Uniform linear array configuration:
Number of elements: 8
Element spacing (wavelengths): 0.25
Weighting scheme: binomial
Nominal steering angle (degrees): -15
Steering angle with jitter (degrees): -15.955
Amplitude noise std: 0.05
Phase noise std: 0.05

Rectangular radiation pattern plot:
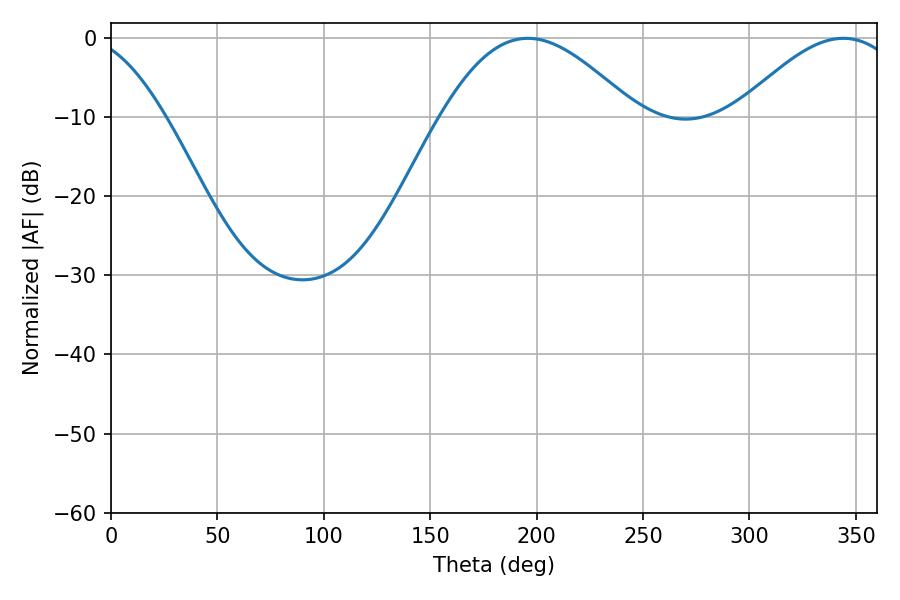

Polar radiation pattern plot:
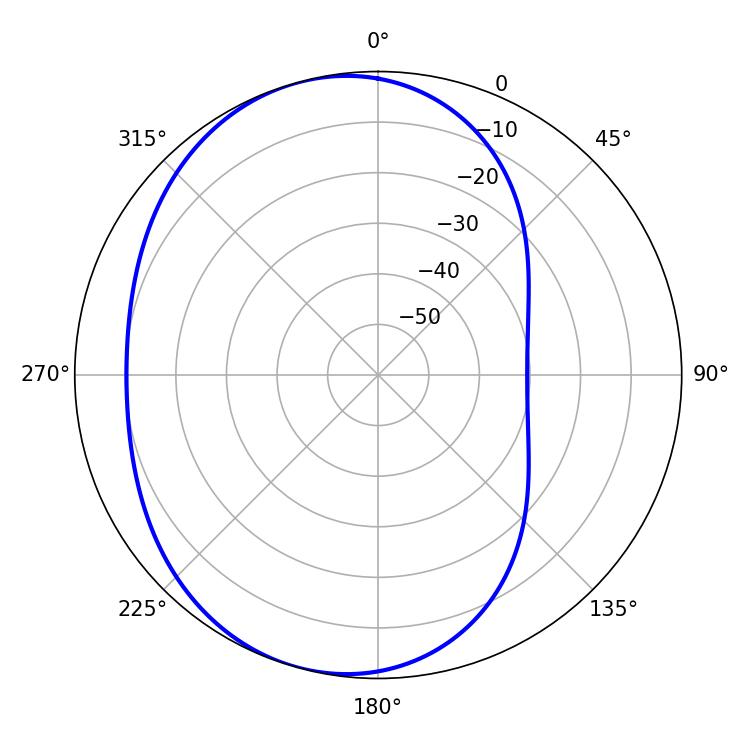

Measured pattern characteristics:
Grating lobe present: FALSE
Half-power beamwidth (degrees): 49.14
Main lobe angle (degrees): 195.84